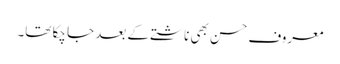
معروف حسن بھی ناشتے کے بعد جا چکا تھا۔